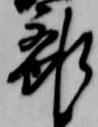
離